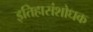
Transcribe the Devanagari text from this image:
इतिहासंशोधक